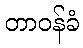
တာဝန်ခံ